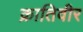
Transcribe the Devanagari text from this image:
क्रातिवीर